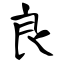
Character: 良